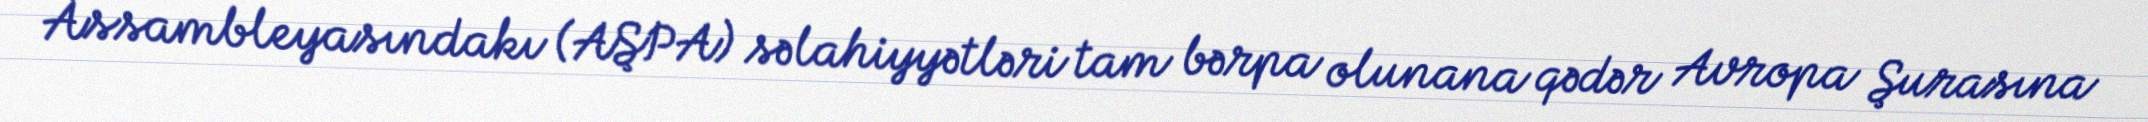
Assambleyasındakı (AŞPA) səlahiyyətləri tam bərpa olunana qədər Avropa Şurasına